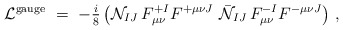
\begin{align*}{\cal L}^{\rm gauge}\ =\ -{\textstyle{i\over 8}}\left( {\cal N}_{IJ}\,F_{\mu\nu}^{+I}F^{+\mu\nu J}\-\ \bar{\cal N}_{IJ}\,F_{\mu\nu}^{-I} F^{-\mu\nu J} \right)\, ,\end{align*}